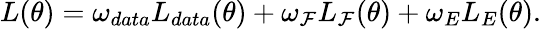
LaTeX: L(\theta)=\omega_{data}L_{data}(\theta)+\omega_{\mathcal{F}}L_{\mathcal{F}}(\theta)+\omega_{E}L_{E}(\theta).